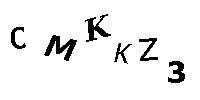
CMKKZ3